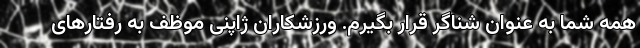
همه شما به عنوان شناگر قرار بگیرم. ورزشکاران ژاپنی موظف به رفتارهای